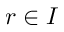
r \in I